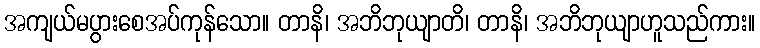
အကျယ်မပွားစေအပ်ကုန်သော။ တာနိ၊ အဘိဘုယျာတိ၊ တာနိ၊ အဘိဘုယျာဟူသည်ကား။